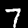
Digit: 7